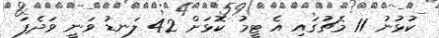
ކުޅުނު 11 މެޗުގައި އެ ޓީމު ކޮޅަށް 42 ލަނޑު ވަނީ ވަދެފަ